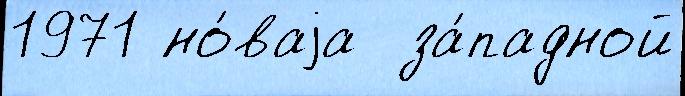
1971 но́ваjа  за́падной